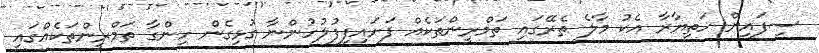
ސިފައިން ހަތިޔާރާ އެކު މާލެ ތެރޭގައި ތަމްރީންތަކެއް ފަށައިފިފުލުހުންނާ ގުޅިގެން ހިންގާ ތަމްރީންތަކެއްގައި